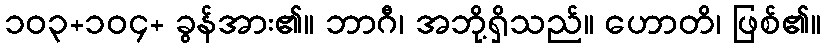
၁၀၃+၁၀၄+ ခွန်အား၏။ ဘာဂီ၊ အဘို့ရှိသည်။ ဟောတိ၊ ဖြစ်၏။